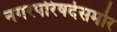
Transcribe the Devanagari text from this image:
नगरपरिषदेसमोर